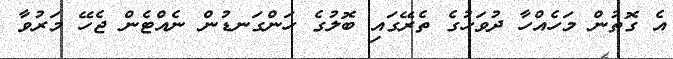
އެ ގޮތުން މަހެއްހާ ދުވަހުގެ ތެރޭގައި ބޮލުގެ ހަންގަނޑުން ނެއްޓެން ޖެހޭ މަރުވާ